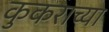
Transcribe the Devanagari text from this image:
कुकराच्या